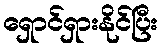
ရှောင်ရှားနိုင်ပြီး